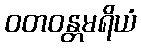
ဝတဝန္တမရိယံ